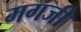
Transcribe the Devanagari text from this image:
मगजी